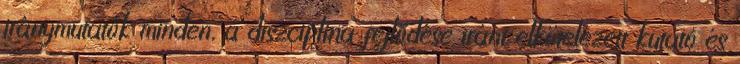
iránymutatók minden, a diszciplína fejlődése iránt elkötelezett kutató és